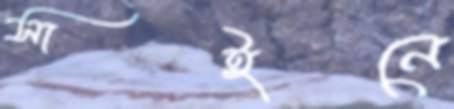
সাইনে